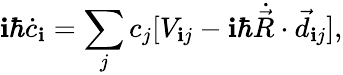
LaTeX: \mathbf{i}\hbar\dot{{c}}_{\mathbf{i}}=\sum_{j}c_{j}[V_{\mathbf{i}j}-\mathbf{i}\hbar\dot{{\vec{{R}}}}\cdot\vec{{d}}_{\mathbf{i}j}],